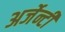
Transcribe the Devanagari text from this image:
अर्जेन्टी